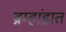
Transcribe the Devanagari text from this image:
ब्रम्हांडात